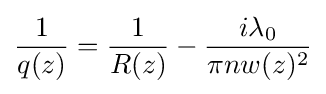
{\frac {1}{q(z)}}={\frac {1}{R(z)}}-{\frac {i\lambda _{0}}{\pi nw(z)^{2}}}